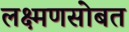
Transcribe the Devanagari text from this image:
लक्ष्मणसोबत